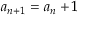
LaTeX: a _ { n + 1 } = a _ { n } + 1